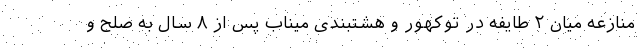
منازعه میان ۲ طایفه در توکهور و هشتبندی میناب پس از ۸ سال به صلح و